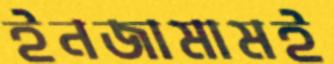
ইনজামামই